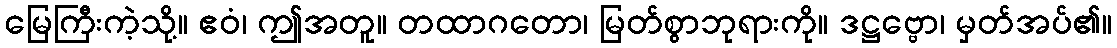
မြေကြီးကဲ့သို့။ ဧဝံ၊ ဤအတူ။ တထာဂတော၊ မြတ်စွာဘုရားကို။ ဒဋ္ဌဗ္ဗော၊ မှတ်အပ်၏။